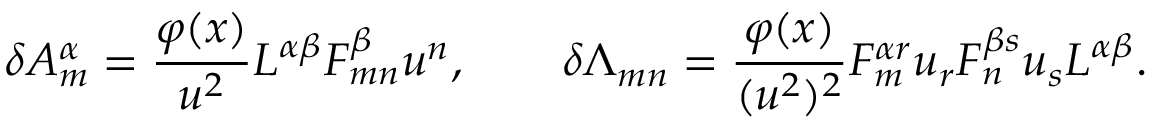
\delta A _ { m } ^ { \alpha } = { \frac { \varphi ( x ) } { u ^ { 2 } } } { \cal L } ^ { \alpha \beta } { \cal F } _ { m n } ^ { \beta } u ^ { n } , \qquad \delta \Lambda _ { m n } = { \frac { \varphi ( x ) } { ( u ^ { 2 } ) ^ { 2 } } } { \cal F } _ { m } ^ { \alpha r } u _ { r } { \cal F } _ { n } ^ { \beta s } u _ { s } { \cal L } ^ { \alpha \beta } .